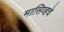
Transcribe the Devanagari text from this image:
मासिव्हचे